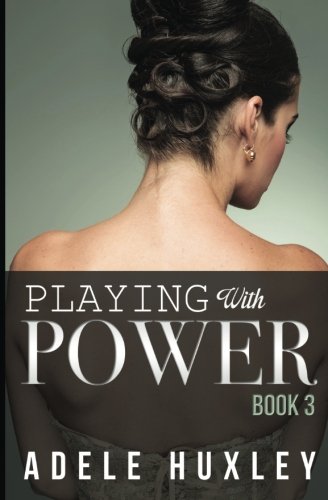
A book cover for Playing with Power - Book 3 (Volume 3); Adele Huxley; Romance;